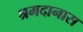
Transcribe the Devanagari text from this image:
श्रमदानास